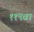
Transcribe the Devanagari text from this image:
११९वां